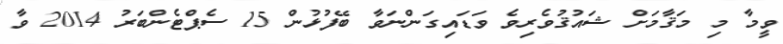
ވީމާ މި މަޤާމަށް ޝައުޤުވެރިވެ ވަޑައިގަންނަވާ ބޭފުޅުން 15 ސެޕްޓެންބަރު 2014 ވާ